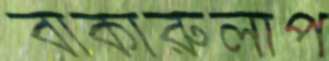
বাকারুলাপ